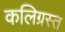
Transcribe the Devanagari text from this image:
कलिग्रस्त